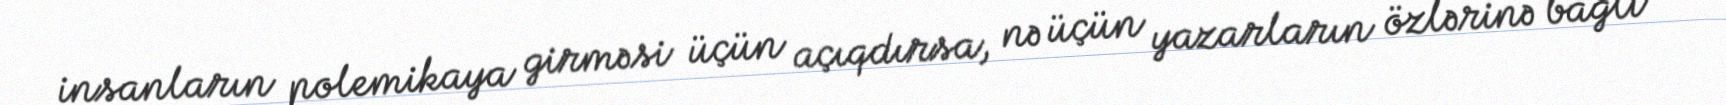
insanların polemikaya girməsi üçün açıqdırsa, nə üçün yazarların özlərinə bağlı